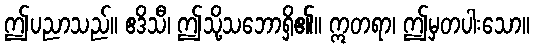
ဤပညာသည်။ ဧဒိသီ၊ ဤသို့သဘောရှိ၏။ ဣတရာ၊ ဤမှတပါးသော။